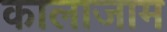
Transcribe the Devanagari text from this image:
कालाजाम